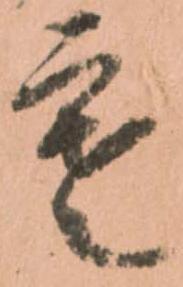
寒